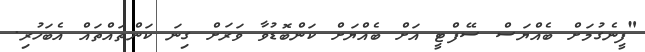
"ފީނެގުމަށް ބެއްޔަސް ސޭފްޓީ އަށް ބެއްޔަށް ކަންބޮޑުވާ ވަރަށް ގިނަ ކަންތައްތައް އެބަހުރި.